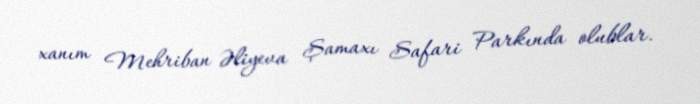
xanım Mehriban Əliyeva Şamaxı Safari Parkında olublar.